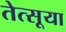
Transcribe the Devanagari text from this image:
तेत्सूया